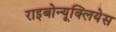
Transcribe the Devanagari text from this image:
राइबोन्यूक्लियेस